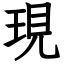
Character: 現